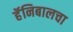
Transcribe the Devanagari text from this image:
हॅनिबालचा